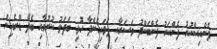
ފެންއިސްކުރު ފެންކަރު ފެންބަންދު ވަސަރާއި ފަޅައިގެންދާ ހޮޅި ބަދަލު ކުރުމާއި ބެދޭ ޑްރެއިން